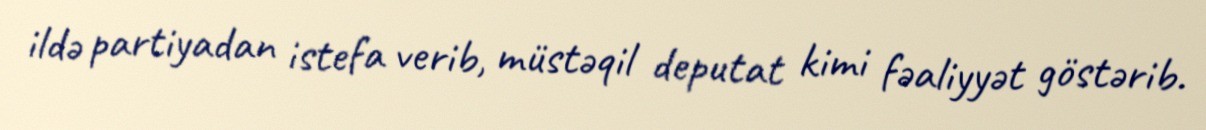
ildə partiyadan istefa verib, müstəqil deputat kimi fəaliyyət göstərib.